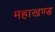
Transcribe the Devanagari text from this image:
महाखण्ड